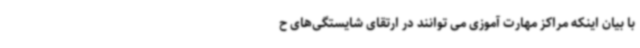
با بیان اینکه مراکز مهارت آموزی می توانند در ارتقای شایستگی‌های ح